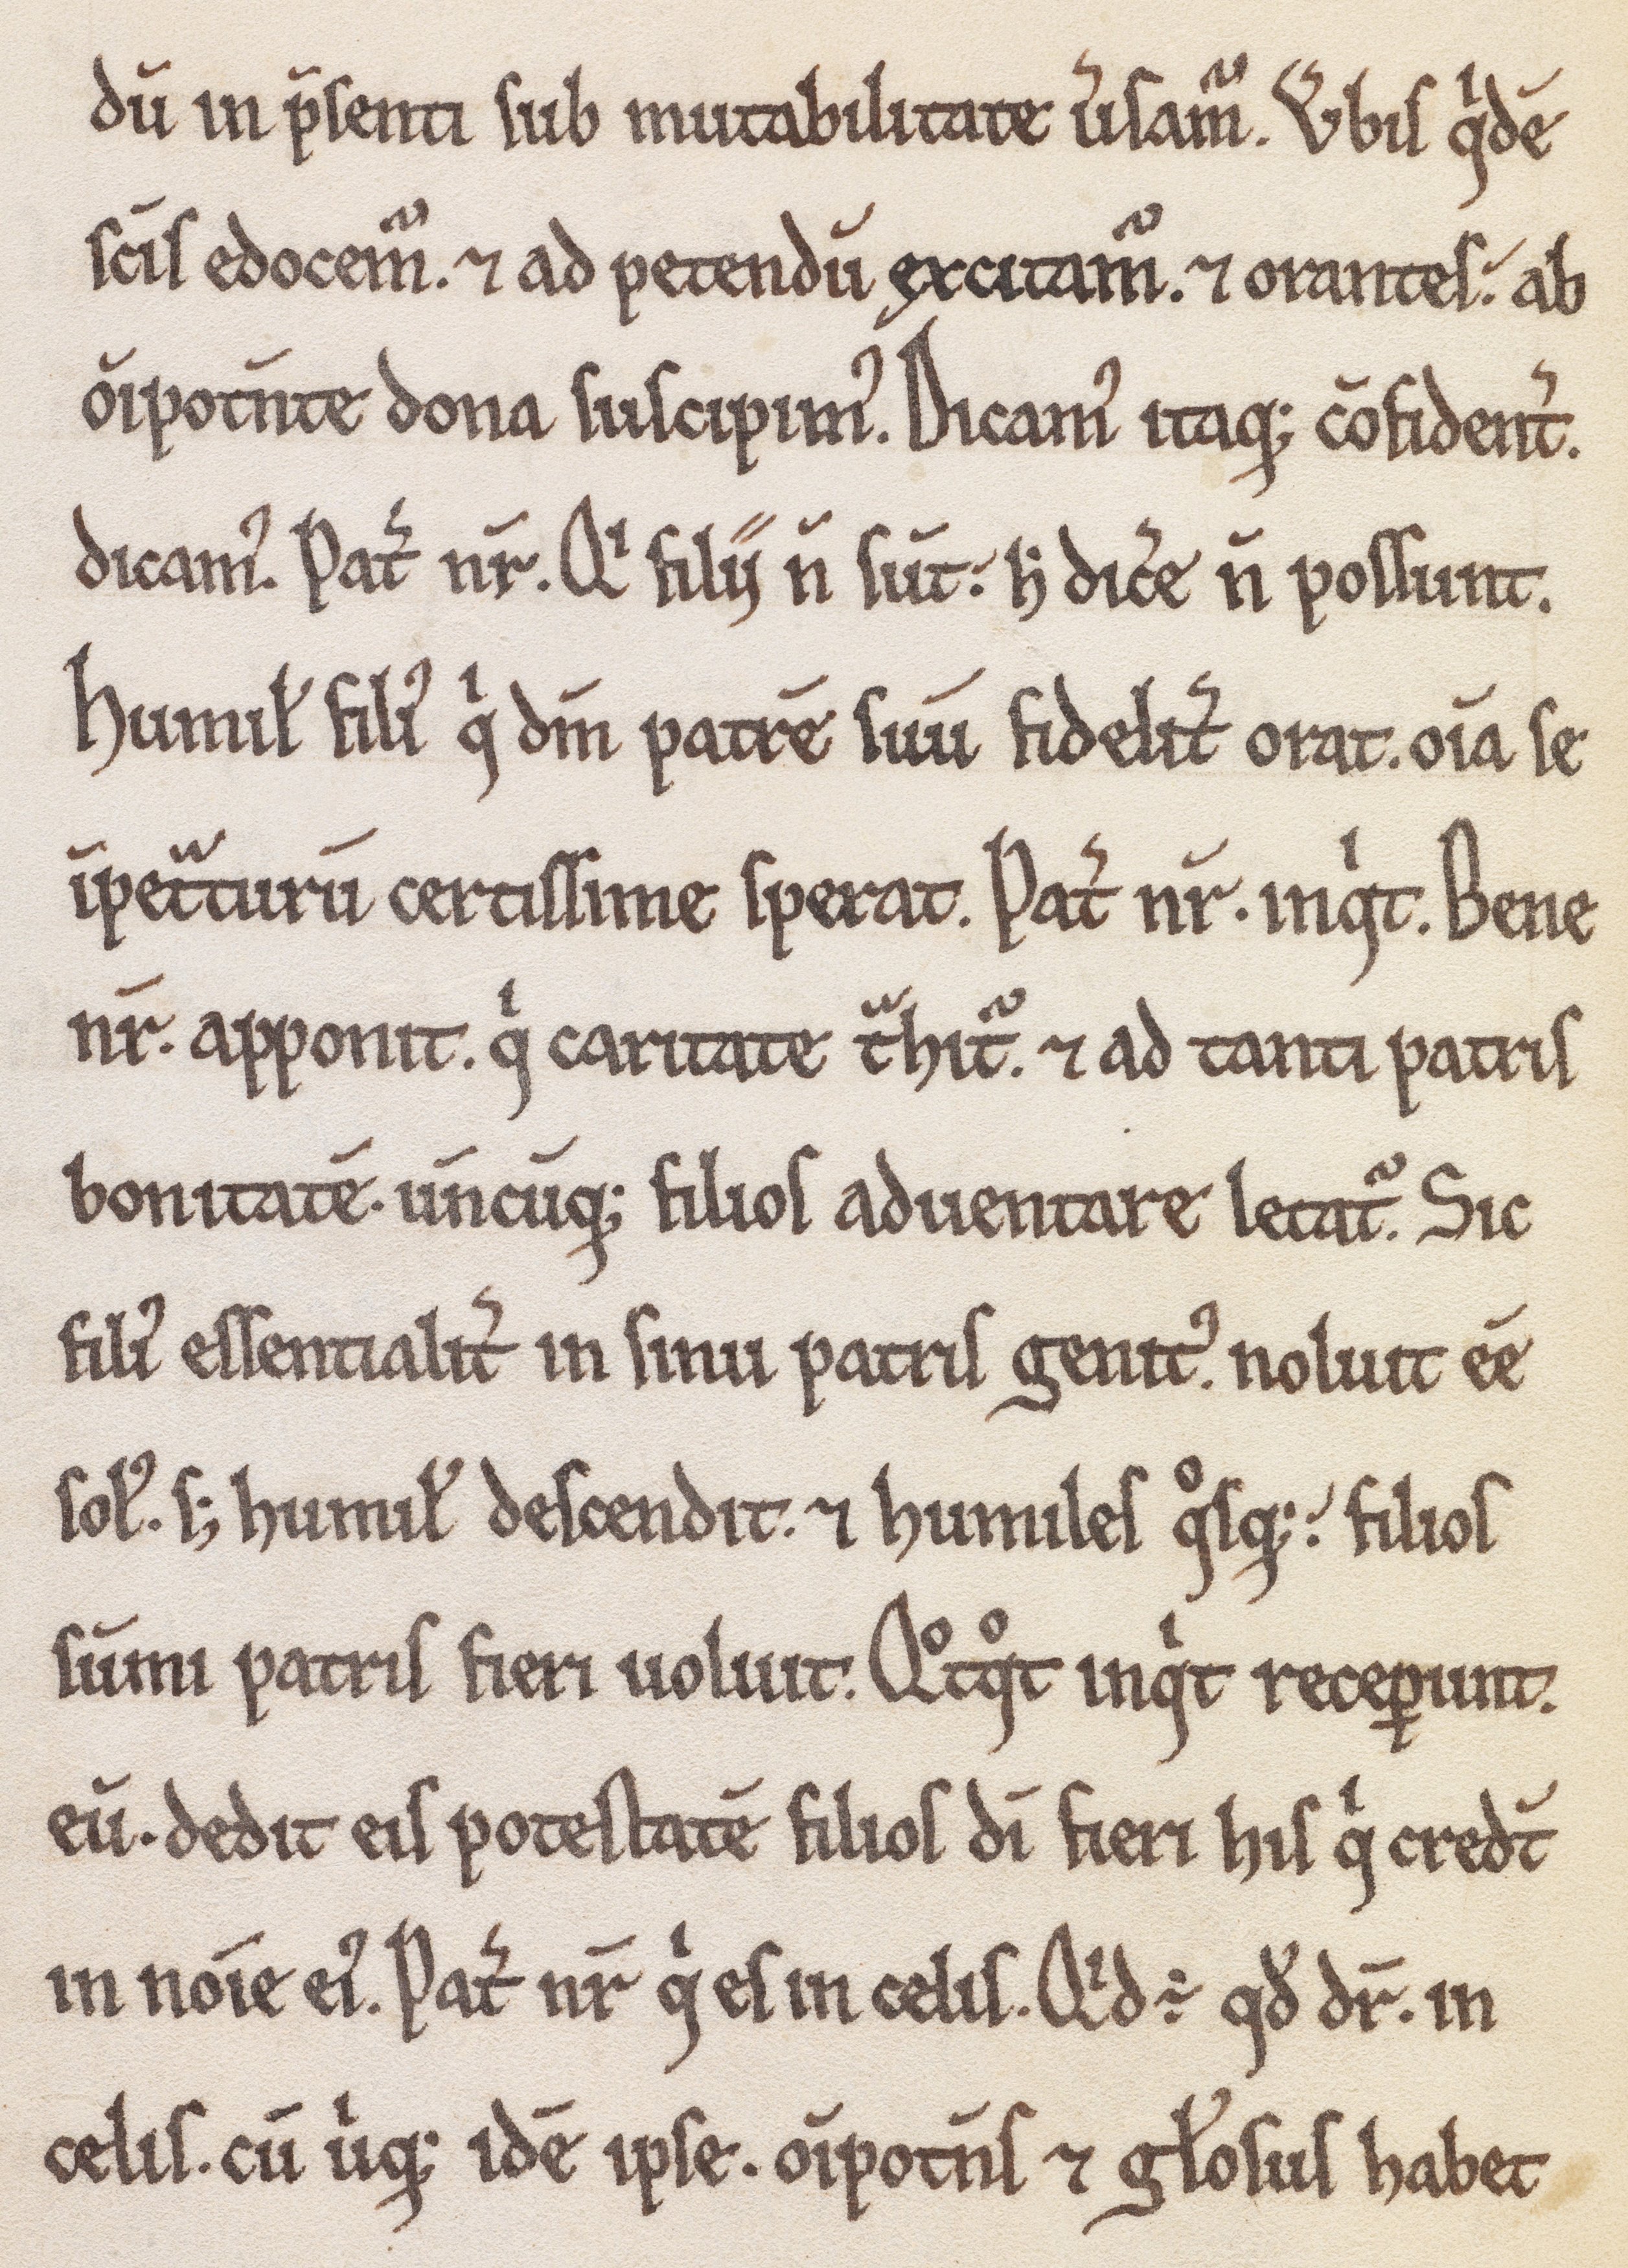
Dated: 1180–1199